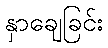
နှာချေခြင်း